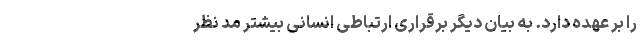
را بر عهده دارد. به بیان دیگر برقراری ارتباطی انسانی بیشتر مد نظر